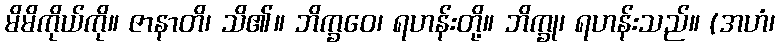
မိမိကိုယ်ကို။ ဇာနာတိ၊ သိ၏။ ဘိက္ခဝေ၊ ရဟန်းတို့။ ဘိက္ခု၊ ရဟန်းသည်။ (အဟံ၊